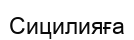
Сицилияға